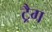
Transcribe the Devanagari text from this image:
ट्रैग